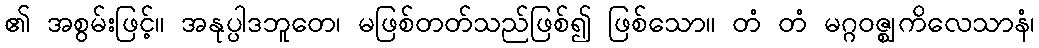
၏ အစွမ်းဖြင့်။ အနုပ္ပါဒဘူတေ၊ မဖြစ်တတ်သည်ဖြစ်၍ ဖြစ်သော။ တံ တံ မဂ္ဂဝဇ္ဈကိလေသာနံ၊